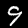
Label: 9